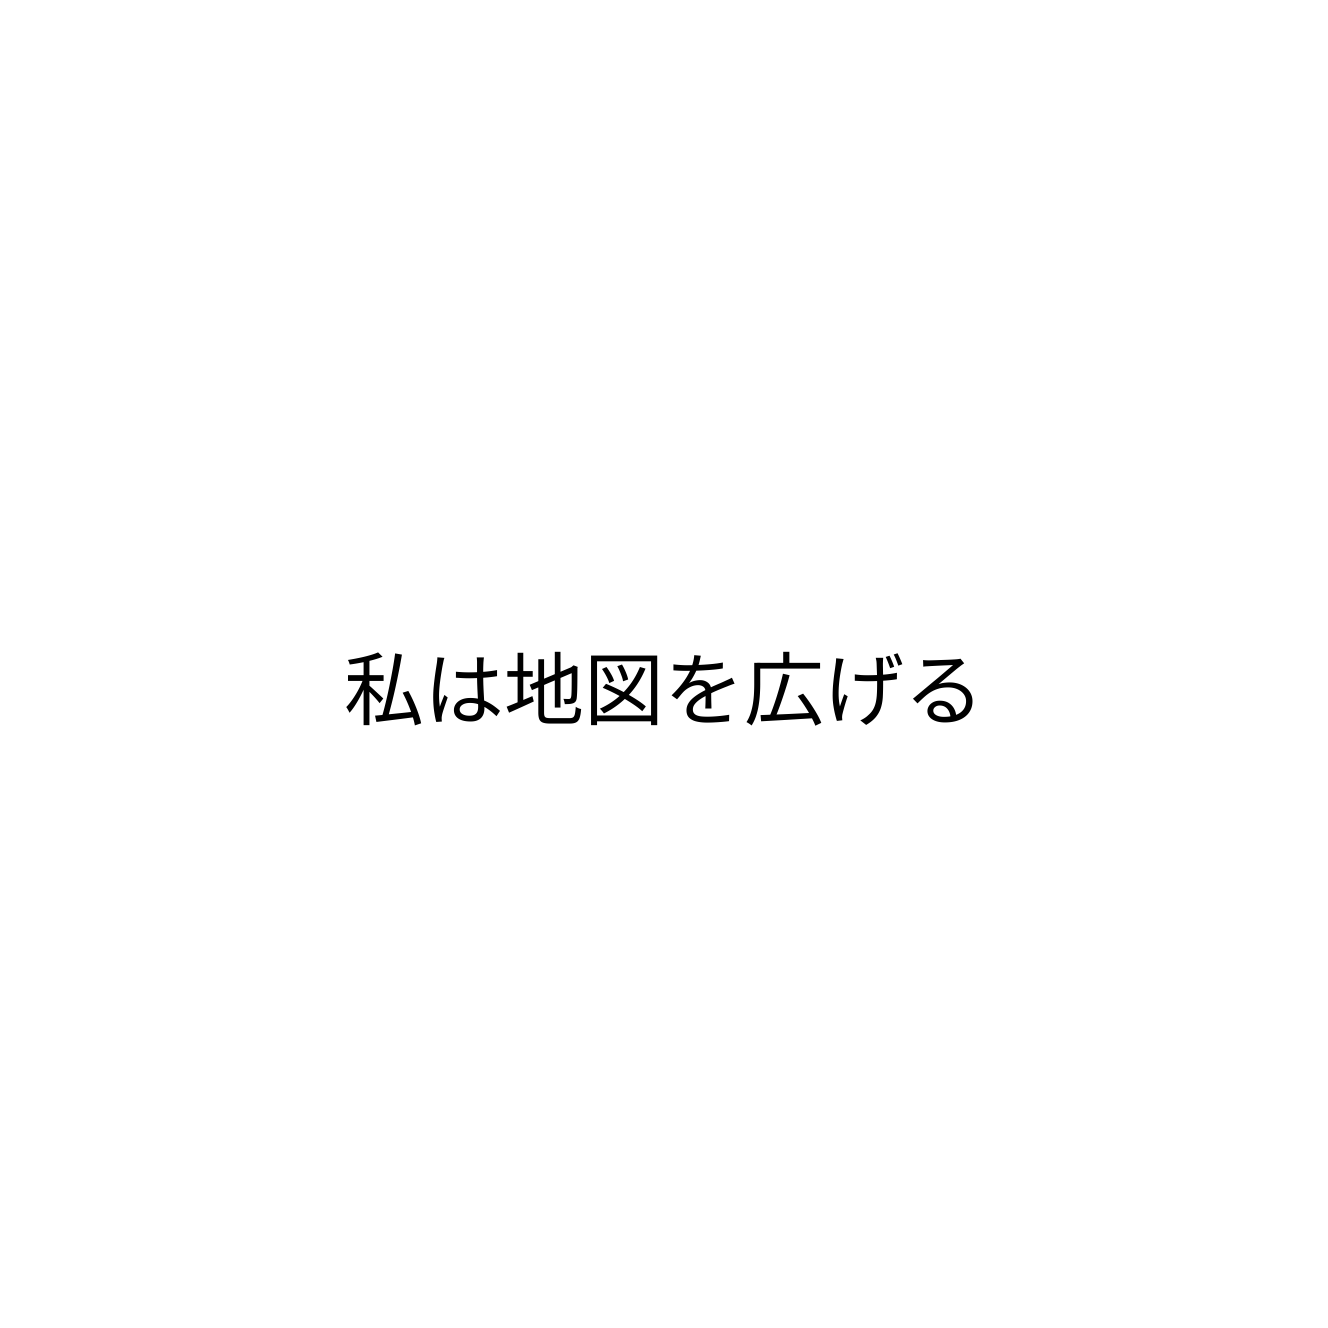
私は地図を広げる